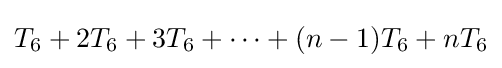
T_{6}+2T_{6}+3T_{6}+\cdots +(n-1)T_{6}+nT_{6}